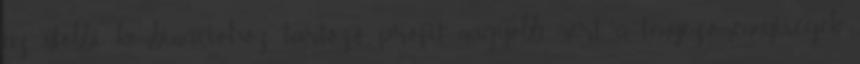
az utóbbi kombinációhoz tartozó profit nagyobb, mert a tényezőmennyiségek